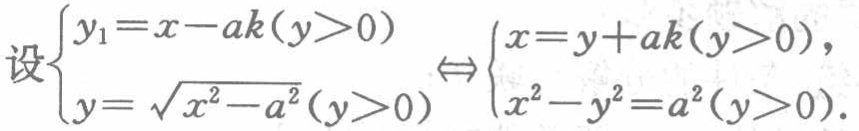
设$\begin{cases}y_{1}=x - ak(y>0)\\y = \sqrt{x^{2}-a^{2}}(y>0)\end{cases}\Leftrightarrow\begin{cases}x=y + ak(y>0),\\x^{2}-y^{2}=a^{2}(y>0).\end{cases}$